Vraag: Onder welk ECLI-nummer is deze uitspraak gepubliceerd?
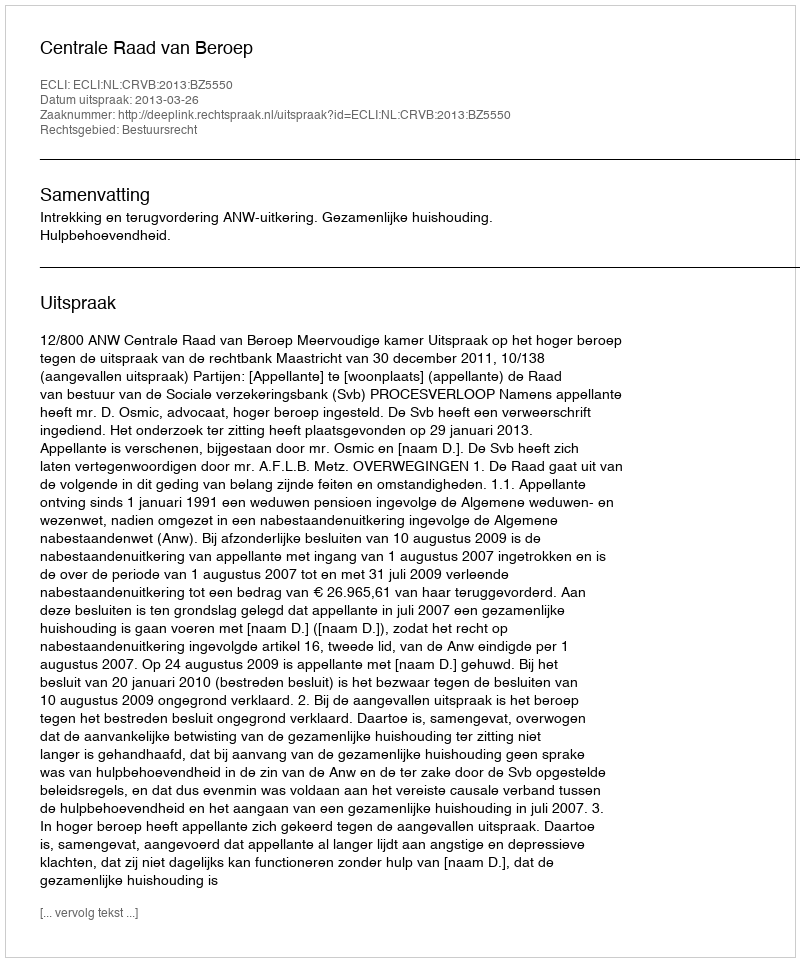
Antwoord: ECLI:NL:CRVB:2013:BZ5550